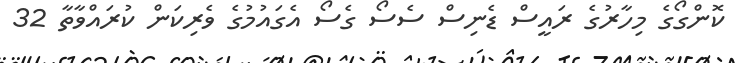
ކޮންގޯގެ މިހާރުގެ ރައީސް ޑެނިސް ސެސޯ ގެސޯ އެގައުމުގެ ވެރިކަން ކުރައްވާތާ 32